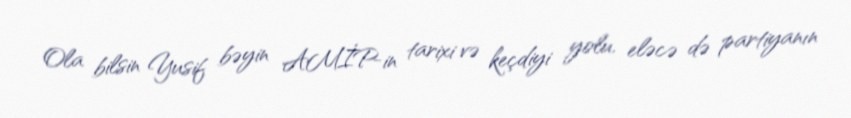
Ola bilsin Yusif bəyin AMİP-in tarixi və keçdiyi yolu, eləcə də partiyanın